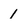
Character: 1